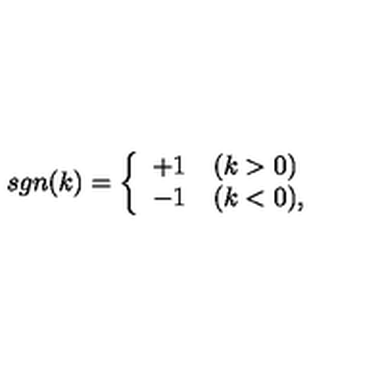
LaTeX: s g n ( k ) = \left\{ \begin{array} { l l } { + 1 } & { ( k > 0 ) } \\ { - 1 } & { ( k < 0 ) , } \\ \end{array} \right.